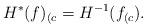
LaTeX: \begin{align*}H^*(f)_{(c} = H^{-1}(f_{(c}).\end{align*}